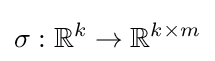
\sigma :\mathbb {R} ^{k}\to \mathbb {R} ^{k\times m}